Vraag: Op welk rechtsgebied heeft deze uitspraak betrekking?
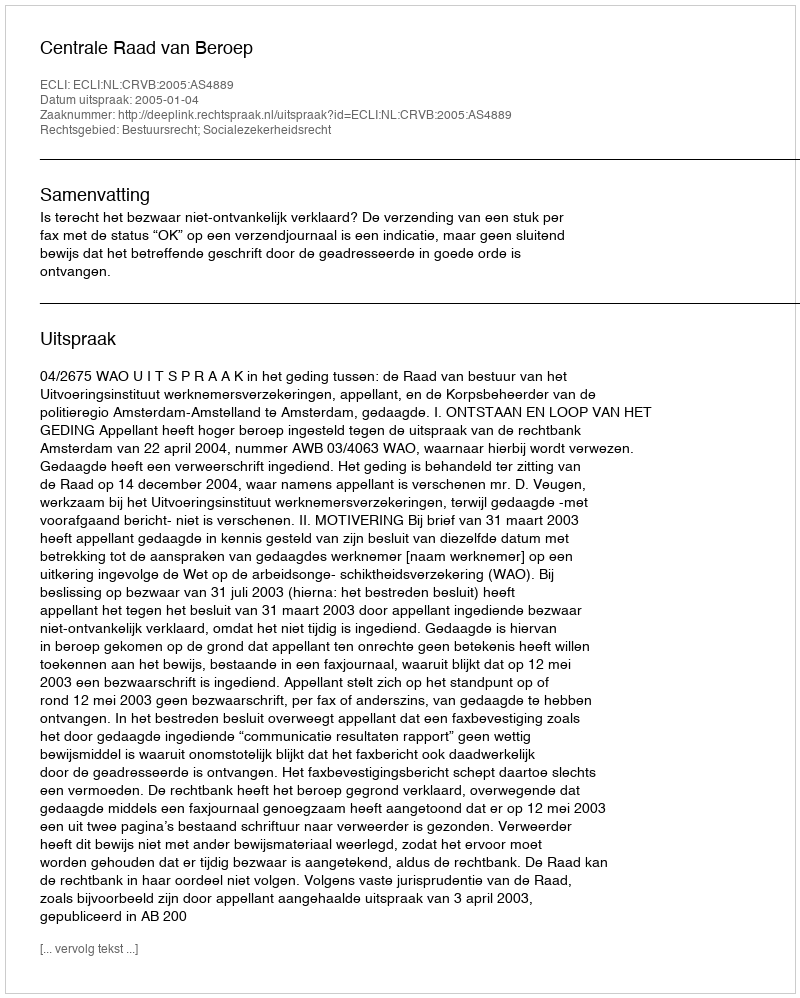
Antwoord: Bestuursrecht; Socialezekerheidsrecht